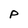
Character: p